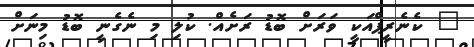
" ކެނެރީޕްއަކީ ވަރަށް ބޮޑު ރަށެއް. ކުލި މި ނެގެނީ ބޮޑު މިނަަށް